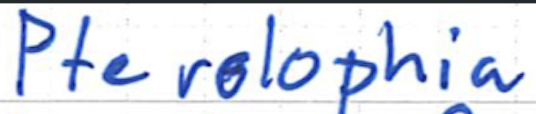
Text: Pterolophia
Cross-out: clean
Writing tool: ballpoint